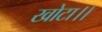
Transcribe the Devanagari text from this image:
खोटा।।